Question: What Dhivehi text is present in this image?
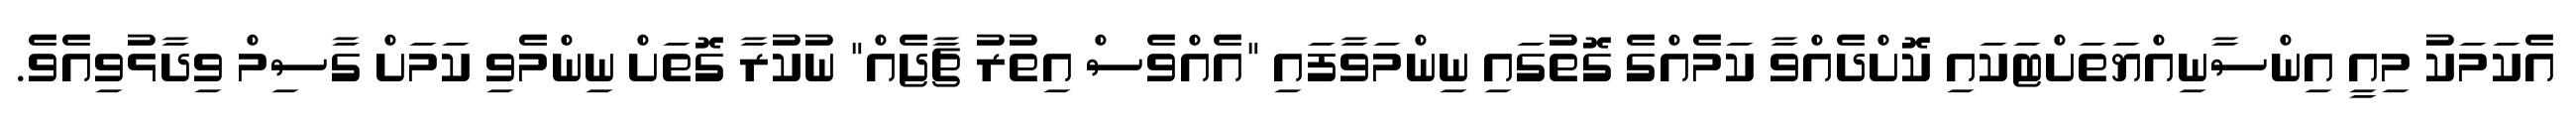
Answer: އެކަމަކު މިއީ އިންސާނިއްޔަތަށްޓަކައި ކޮށްދެއްވާ ކަމެއްގެ ގޮތުގައި ނިންމަވާފައި "އެއްވެސް އިތުރު ޗާޖެއް" ނުކުރާ ގޮތަށް ނިންމެވި ކަމަށް ގާސިމް ވިދާޅުވިއެވެ.